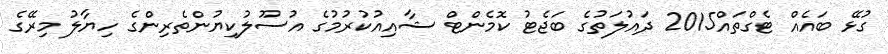
ގުޅޭ ބައެއް ޓެގްތައް2015 ދައުލަތުގެ ބަޖެޓު ކޮމެންޓް ޝާއިއުކުރުމުގެ އުސޫލުކިޔުންތެރިންގެ ހިޔާލު މިރޭގެ